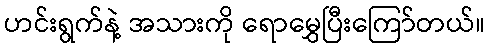
ဟင်းရွက်နဲ့ အသားကို ရောမွှေပြီးကြော်တယ်။